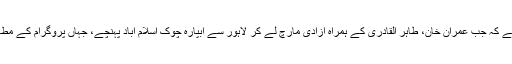
یہ اس وقت کی بات ہے کہ جب عمران خان، طاہر القادری کے ہمراہ آزادی مارچ لے کر لاہور سے آبپارہ چوک اسلام آباد پہنچے، جہاں پروگرام کے مطابق دھرنا دے دیا گیا۔